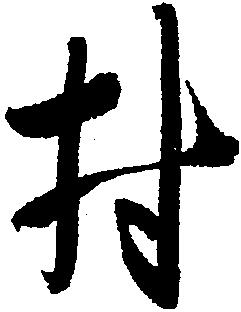
村